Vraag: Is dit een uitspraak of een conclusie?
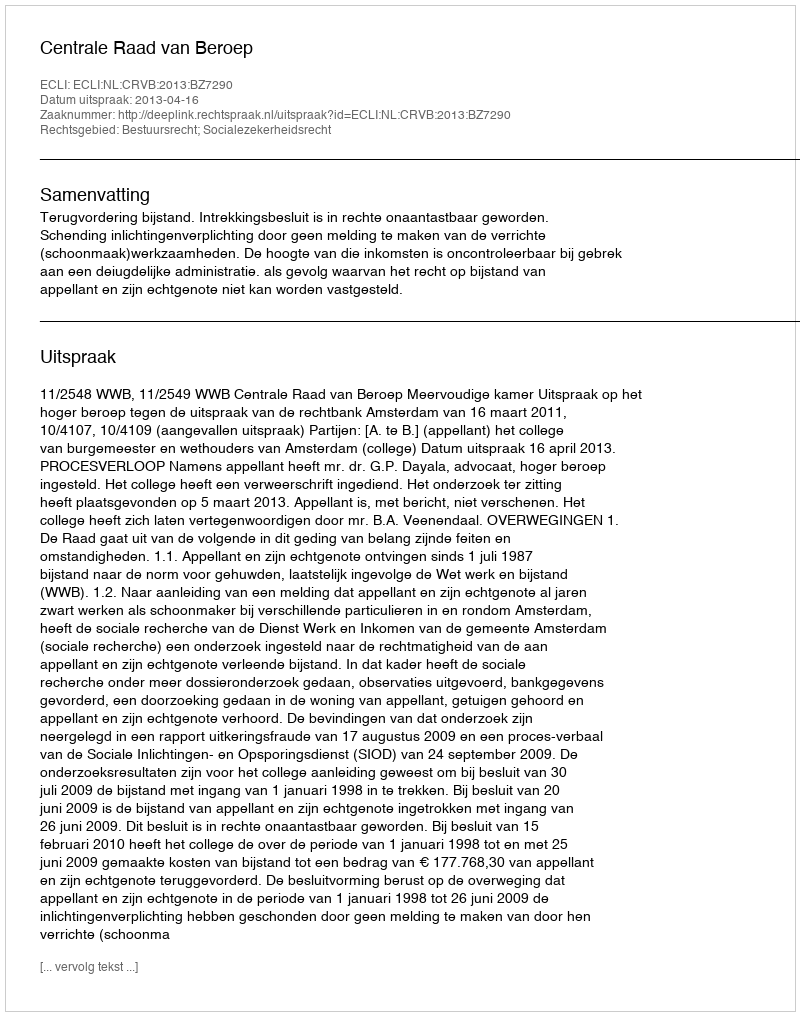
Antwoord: Uitspraak